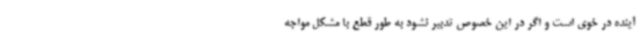
آینده در خوی است و اگر در این خصوص تدبیر نشود به طور قطع با مشکل مواجه